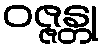
ဝဇ္ဇန္တု